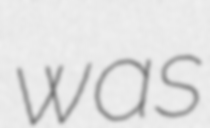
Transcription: was